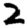
Digit: 2